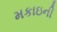
મકાઇની